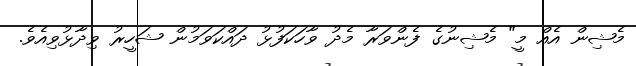
މެޝިން އެއް މީ" މެޝިނުގެ ފެންވަރާ މެދު ވާހަކަފުޅު ދައްކަވަމުން ޝަހީރު ވިދާޅުވިއެވެ.